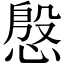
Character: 慇